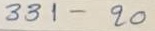
331 - 20